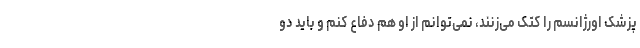
پزشک اورژانسم را کتک می‌زنند، نمی‌توانم از او هم دفاع کنم و باید دو